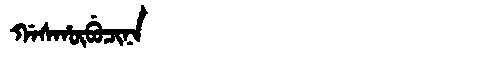
Manchu: ᡤᠠᠰᡥᡡᠪᡠᠴᡳᠨᠠ
Romanization: GASHŪBUCINA